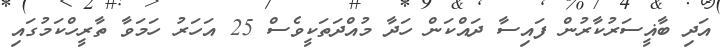
އަދި ބާޣީސަރުކާރުން ފައިސާ ދައްކަން ހަދާ މުއްދަތަކީވެސް 25 އަހަރު ހަމަވާ ތާރީހްކަމުގައި